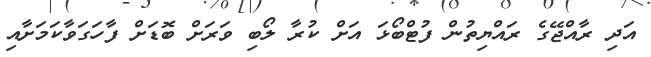
އަދި ރާއްޖޭގެ ރައްޔިތުން ފުޓްބޯޅަ އަށް ކުރާ ލޯބި ވަރަށް ބޮޑަށް ފާހަގަވާކަމަށާއި